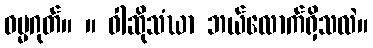
ဓမ္မဂုတ်။ ။ ဝါဆိုသံဃာ ဘယ်လောက်ရှိသလဲ။